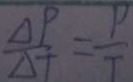
\frac { \Delta P } { \Delta T } = \frac { P } { T }